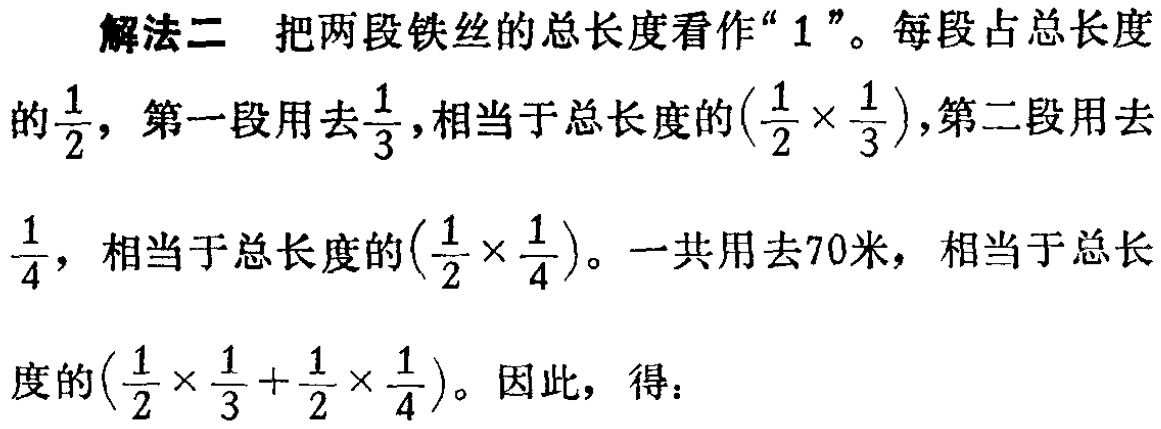
解法二 把两段铁丝的总长度看作“$1$”。每段占总长度

的$\frac{1}{2}$，第一段用去$\frac{1}{3}$，相当于总长度的$(\frac{1}{2} \times \frac{1}{3})$，第二段用去

$\frac{1}{4}$，相当于总长度的$(\frac{1}{2} \times \frac{1}{4})$。一共用去70米，相当于总长

度的$(\frac{1}{2} \times \frac{1}{3} + \frac{1}{2} \times \frac{1}{4})$。因此，得：